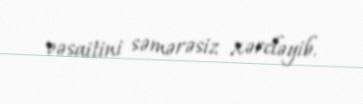
vəsaitini səmərəsiz xərcləyib.